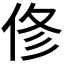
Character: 俢